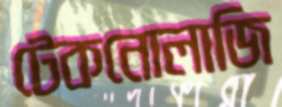
টেকনোলাজি